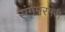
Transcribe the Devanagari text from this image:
संगेमरमरी